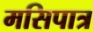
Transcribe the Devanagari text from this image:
मसिपात्र